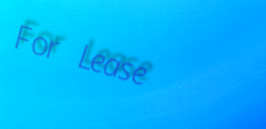
For Lease